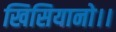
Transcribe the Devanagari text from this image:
खिसियानो।।